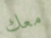
معك